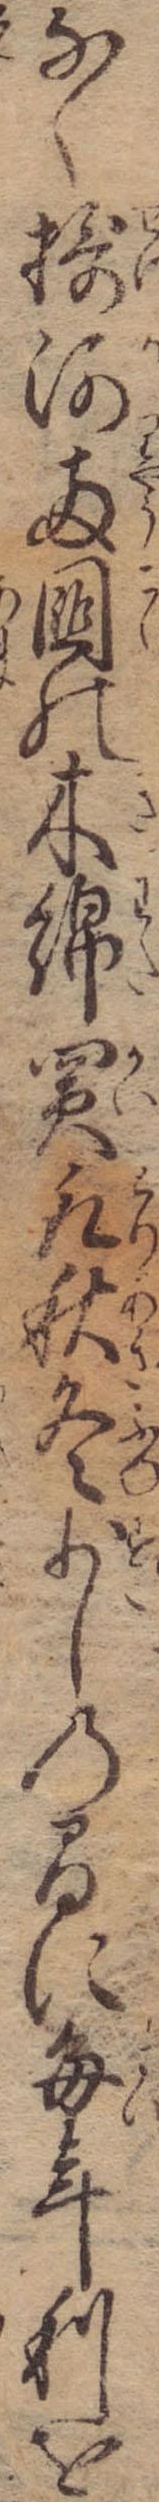
なく摂河両国の木綿買取秋冬少しの間に毎年利を